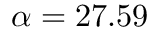
\alpha = 2 7 . 5 9